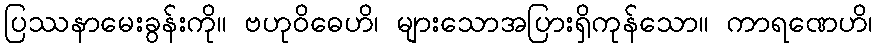
ပြဿနာမေးခွန်းကို။ ဗဟုဝိဓေဟိ၊ များသောအပြားရှိကုန်သော။ ကာရဏေဟိ၊